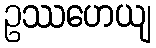
ဥဿဟေယျ